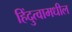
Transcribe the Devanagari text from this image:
हिंदुत्वामधील